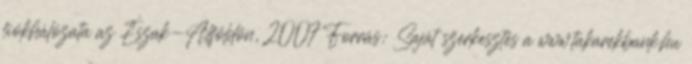
fiókhálózata az Észak-Alföldön, 2007 Forrás: Saját szerkesztés a www.takarekbank.hu